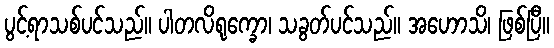
ပွင့်ရာသစ်ပင်သည်။ ပါတလိရုက္ခော၊ သခွတ်ပင်သည်။ အဟောသိ၊ ဖြစ်ပြီ။